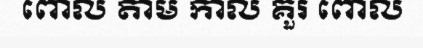
ពោល តាម កាល គួរ ពោល